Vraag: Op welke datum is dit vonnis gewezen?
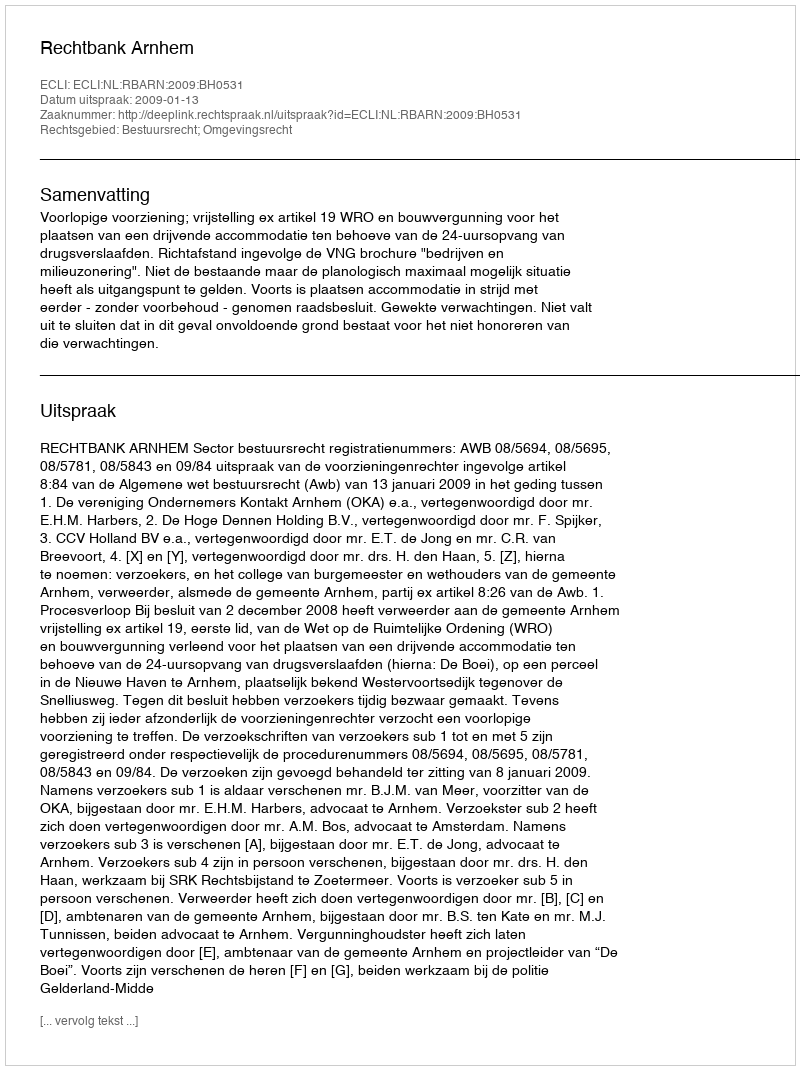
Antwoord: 2009-01-13